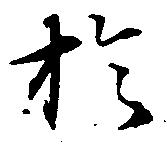
於